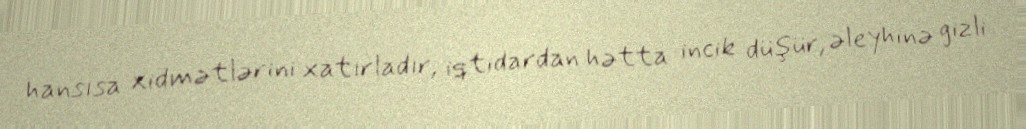
hansısa xidmətlərini xatırladır, iqtidardan hətta incik düşür, əleyhinə gizli